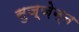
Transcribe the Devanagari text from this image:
सुज़्ज़ेन्न